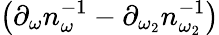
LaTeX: \left(\partial_{\omega}n_{\omega}^{-1}-\partial_{\omega_{2}}n_{\omega_{2}}^{-1}\right)